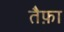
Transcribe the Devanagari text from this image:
तैफ़ा